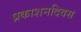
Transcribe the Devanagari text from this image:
प्रकाशनदिवस